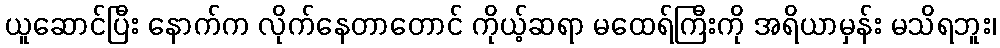
ယူဆောင်ပြီး နောက်က လိုက်နေတာတောင် ကိုယ့်ဆရာ မထေရ်ကြီးကို အရိယာမှန်း မသိရဘူး၊